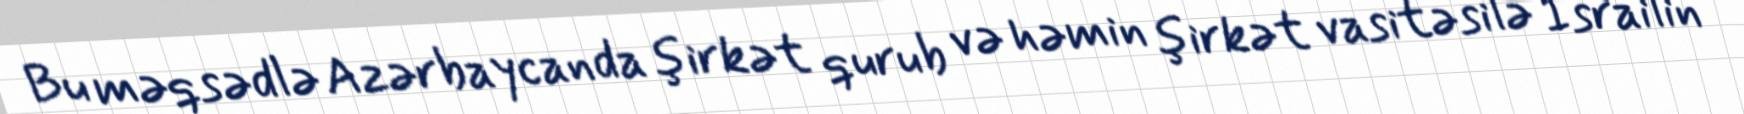
Bu məqsədlə Azərbaycanda şirkət qurub və həmin şirkət vasitəsilə İsrailin